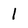
Character: l